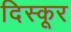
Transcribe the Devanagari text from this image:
दिस्कूर